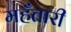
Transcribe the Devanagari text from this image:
महँतारी